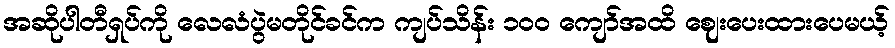
အဆိုပါတီရှပ်ကို လေလံပွဲမတိုင်ခင်က ကျပ်သိန်း ၁၀၀ ကျော်အထိ ဈေးပေးထားပေမယ့်